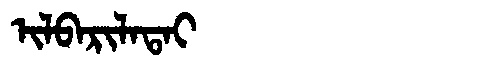
Manchu: ᡳᠯᠪᠠᡵᡳᠯᠠᡨᠠᡳ
Romanization: ILBARILATAI